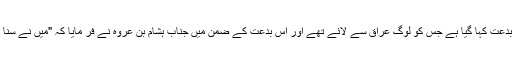
ایک دوسری حدیث میں سدر کی لکڑی کے دروازے سے اور چوکھٹوں کو بنانا ایک ایسی بدعت کہا گیا ہے جس کو لوگ عراق سے لائے تھے اور اس بدعت کے ضمن میں جناب ہشام بن عروہ نے فر مایا کہ "میں نے سنا کہ مکہ میں کوئی کہتا تھا کہ لعنت کی رسو ل اللہ ﷺنے سدر کے درخت کاٹنے والوں پر ۔